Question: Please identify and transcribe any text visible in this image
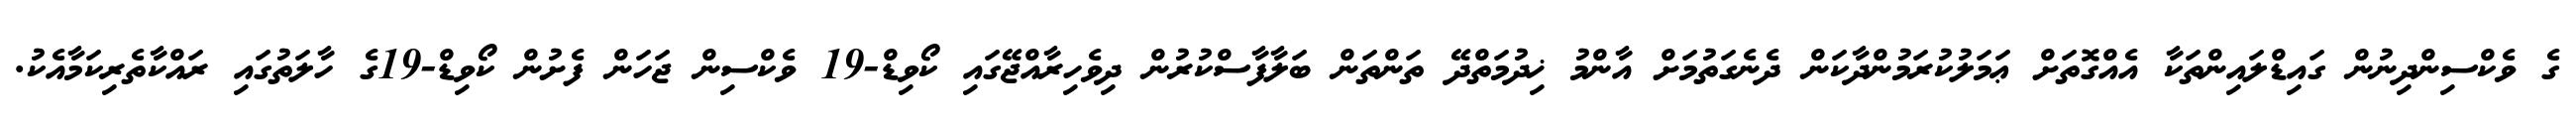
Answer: ގެ ވެކްސިންދިނުން ގައިޑްލައިންތަކާ އެއްގޮތަށް ޢަމަލުކުރަމުންދާކަން ދެނެގަތުމަށް އާންމު ޚިދުމަތްދޭ ތަންތަން ބަލާފާސްކުރުން ދިވެހިރާއްޖޭގައި ކޯވިޑް-19 ވެކްސިން ޖަހަން ފެށުން ކޯވިޑް-19ގެ ހާލަތުގައި ރައްކާތެރިކަމާއެކު.